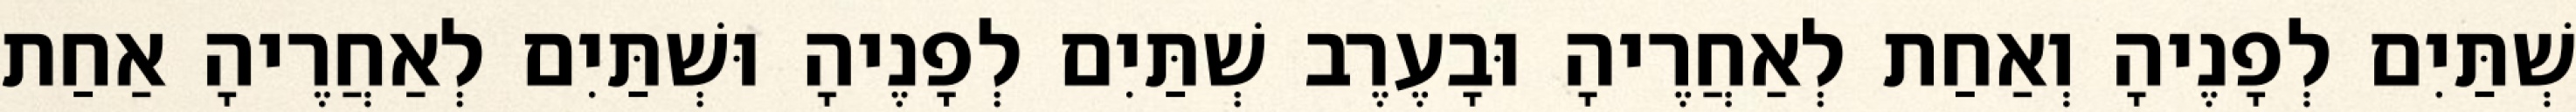
שְׁתַּיִם לְפָנֶיהָ וְאַחַת לְאַחֲרֶיהָ וּבָעֶרֶב שְׁתַּיִם לְפָנֶיהָ וּשְׁתַּיִם לְאַחֲרֶיהָ אַחַת